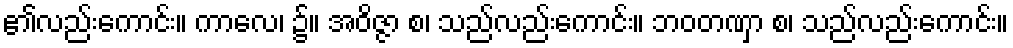
၏လည်းကောင်း။ ကာလေ၊ ၌။ အဝိဇ္ဇာ စ၊ သည်လည်းကောင်း။ ဘဝတဏှာ စ၊ သည်လည်းကောင်း။